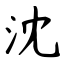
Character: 沈